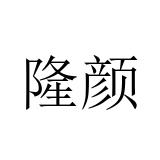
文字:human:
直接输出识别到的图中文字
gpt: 隆颜